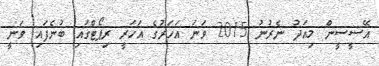
އޭސީސީން މިއަދު ނެރުނު 2015 ވަނަ އަހަރުގެ އަހަރީ ރިޕޯޓްގައި ބުނެފައި ވަނީ